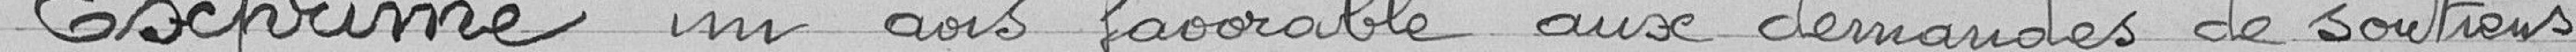
Exprime un avis favorable aux demandes de soutiens